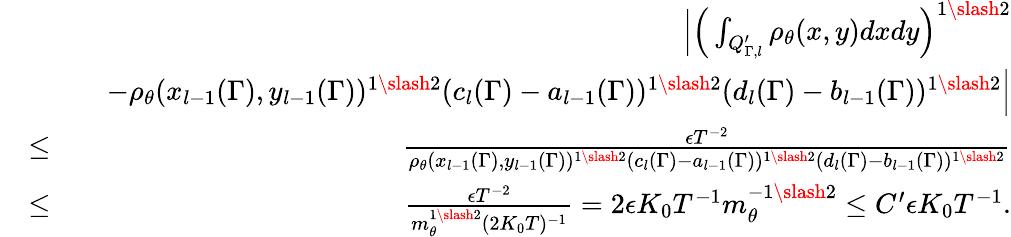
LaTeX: \begin{array}{rlr}&{}&{\Big|\Big(\int_{Q_{\Gamma,l}^{\prime}}\rho_{\theta}(x,y)dxdy\Big)^{1\slash 2}}\\ &{}&{\quad-\rho_{\theta}(x_{l-1}(\Gamma),y_{l-1}(\Gamma))^{1\slash 2}(c_{l}(\Gamma)-a_{l-1}(\Gamma))^{1\slash 2}(d_{l}(\Gamma)-b_{l-1}(\Gamma))^{1\slash 2}\Big|}\\ &{\leq}&{\frac{\epsilon T^{-2}}{\rho_{\theta}(x_{l-1}(\Gamma),y_{l-1}(\Gamma))^{1\slash 2}(c_{l}(\Gamma)-a_{l-1}(\Gamma))^{1\slash 2}(d_{l}(\Gamma)-b_{l-1}(\Gamma))^{1\slash 2}}}\\ &{\leq}&{\frac{\epsilon T^{-2}}{m_{\theta}^{1\slash 2}(2K_{0}T)^{-1}}=2\epsilon K_{0}T^{-1}m_{\theta}^{-1\slash 2}\leq C^{\prime}\epsilon K_{0}T^{-1}.}\end{array}